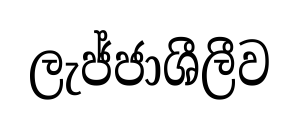
ලැජ්ජාශීලීව